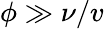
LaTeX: \phi\gg\nu/v